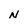
Character: N